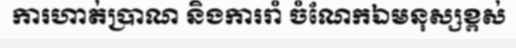
ការហាត់ប្រាណ និងការរាំ ចំណែកឯមនុស្សខ្ពស់